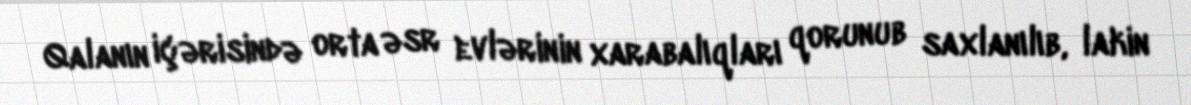
Qalanın içərisində orta əsr evlərinin xarabalıqları qorunub saxlanılıb, lakin